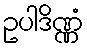
ဥပါဒိဏ္ဏံ